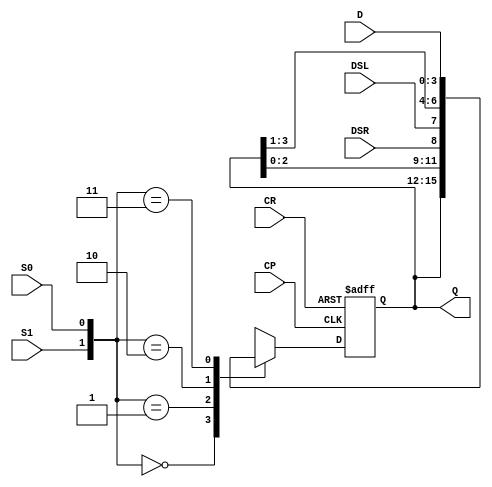
//P315_4_74HC194
module bdirect_shift_reg(			
	input CR, S1, S0, CP, DSR, DSL,
	input [3:0] D,
	output reg [3:0] Q
);			
/*
	DSR:
	DSL:
	CR_n:
	CP:
	S1,S0:
	D:
	Q:
*/
	always@(posedge CP or negedge CR)
	begin
		if(~CR)    Q <= 4'b0000;  //CR
		else
		begin
			case({S1, S0})             //
			2'b00: Q <= Q;
			2'b01: Q <= {Q[2:0], DSR};    //
			2'b10: Q <= {DSL, Q[3:1]};
			2'b11: Q <= D;
			endcase 
		end
	end
endmodule